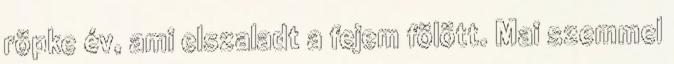
röpke év, ami elszaladt a fejem fölött. Mai szemmel